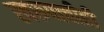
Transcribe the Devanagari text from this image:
स्वरूपाचीही